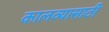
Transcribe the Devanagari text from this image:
कालव्यासाठी